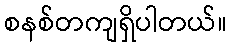
စနစ်တကျရှိပါတယ်။